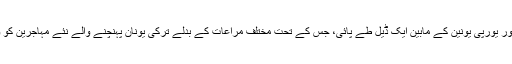
رواں سال اٹھارہ مارچ کو ترکی اور يورپی يونين کے مابين ايک ڈيل طے پائی، جس کے تحت مختلف مراعات کے بدلے ترکی يونان پہنچنے والے نئے مہاجرين کو واپس لينے پر رضامند ہو گيا تھا۔